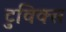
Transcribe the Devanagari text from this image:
टुविक्स